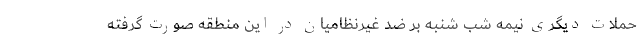
حملات دیگری نیمه شب شنبه بر ضد غیرنظامیان در این منطقه صورت گرفته